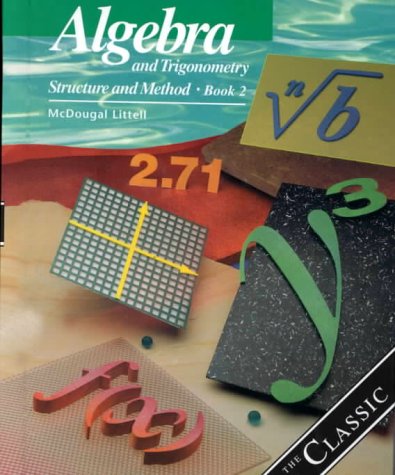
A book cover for Algebra and Trigonometry: Structure and Method, Book 2; MCDOUGAL LITTEL; Science & Math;